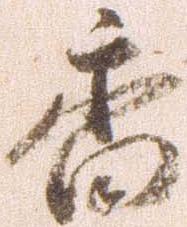
香